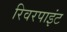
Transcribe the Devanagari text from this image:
रिवरपाइंट